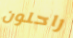
راحلون